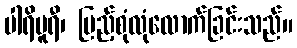
ပါရိပူရီ၊ ပြည့်စုံလုံလောက်ခြင်းသည်။